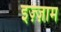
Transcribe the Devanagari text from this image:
इज़्ज़ाम